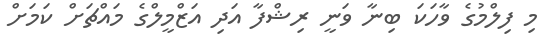
މި ފިލްމުގެ ވާހަކަ ބިނާ ވަނީ ރިޝްފާ އަދި އަޒްމީލްގެ މައްޗަށް ކަމަށް